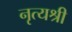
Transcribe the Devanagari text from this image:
नृत्यश्री